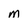
Character: m